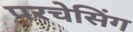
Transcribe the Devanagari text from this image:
परचेसिंग